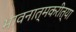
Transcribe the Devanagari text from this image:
भावनात्मकरीत्या